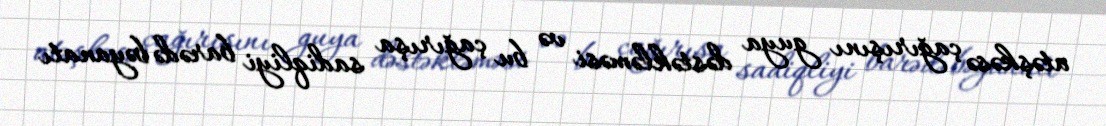
atəşkəsə çağırışını guya dəstəkləməsi və bu çağırışa sadiqliyi barədə bəyanatı